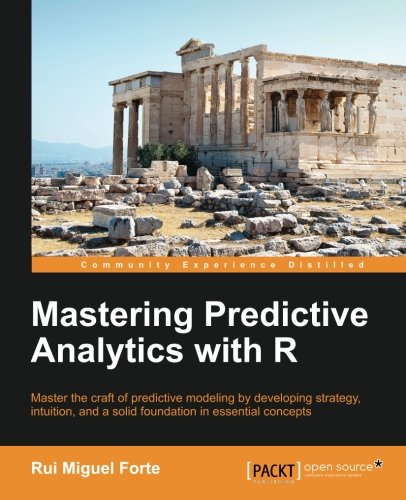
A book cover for Mastering Predictive Analytics with R; Rui Miguel Forte; Computers & Technology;